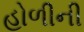
હોળીની